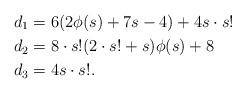
LaTeX: \begin{align*}d_1&=6( 2\phi(s)+7s-4)+4s\cdot s!\\d_2&=8 \cdot s!(2\cdot s!+s)\phi(s)+8\\ d_3&=4s\cdot s!.\end{align*}